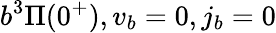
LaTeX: b^{3}\Pi(0^{+}),v_{b}=0,j_{b}=0